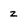
Character: z